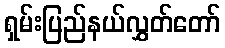
ရှမ်းပြည်နယ်လွှတ်တော်